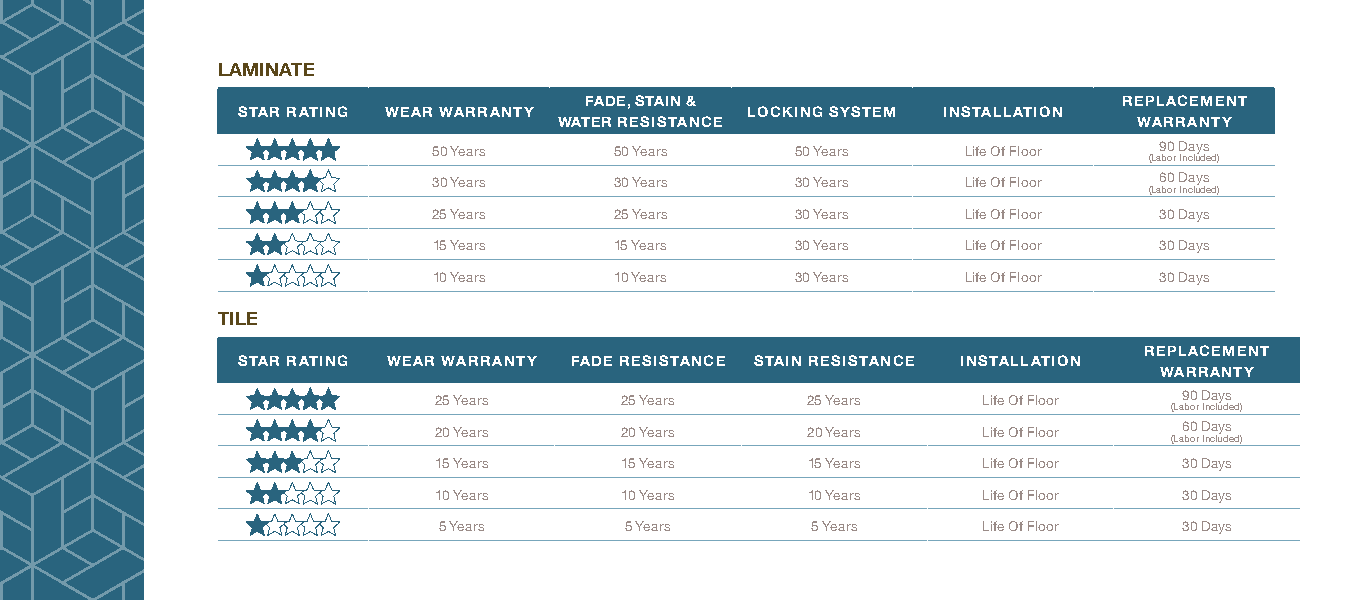
LAMINATE
 FADE, STAIN &                      REPLACEMENT
 STAR RATING WEAR WARRANTY        LOCKING SYSTEM INSTALLATION
 WATER RESISTANCE                      WARRANTY
 50 Years    50 Years    50 Years   Life Of Floor 90 Days
 (Labor Included)
 30 Years    30 Years    30 Years   Life Of Floor 60 Days
 (Labor Included)
 25 Years    25 Years    30 Years   Life Of Floor 30 Days
 15 Years    15 Years    30 Years   Life Of Floor 30 Days
 10 Years    10 Years    30 Years   Life Of Floor 30 Days
 TILE
 REPLACEMENT
 STAR RATING WEAR WARRANTY FADE RESISTANCE STAIN RESISTANCE INSTALLATION
 WARRANTY
 25 Years    25 Years    25 Years    Life Of Floor 90 Days
 (Labor Included)
 20 Years    20 Years    20 Years    Life Of Floor 60 Days
 (Labor Included)
 15 Years    15 Years    15 Years    Life Of Floor 30 Days
 10 Years    10 Years    10 Years    Life Of Floor 30 Days
 5 Years     5 Years      5 Years    Life Of Floor 30 Days